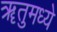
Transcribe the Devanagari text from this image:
ॠतुमध्ये